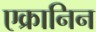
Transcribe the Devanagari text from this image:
एक्रानिन